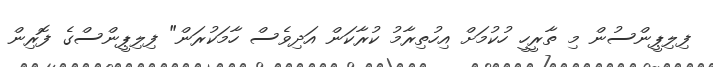
ފިލިޕީންސުން މި ތާރީހީ ހުކުމަށް އިހުތިރާމު ކުރާކަން އަދިވެސް ހާމަކުރަން" ފިލިޕީންސްގެ ފޮރިން